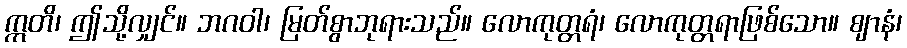
ဣတိ၊ ဤသို့လျှင်။ ဘဂဝါ၊ မြတ်စွာဘုရားသည်။ လောကုတ္တရံ၊ လောကုတ္တရာဖြစ်သော။ ဈာနံ၊